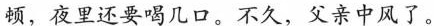
顿，夜里还要喝几口。不久，父亲中风了。